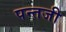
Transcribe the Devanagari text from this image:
पन्तजी